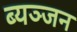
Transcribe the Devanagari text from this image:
ब्यञ्जन